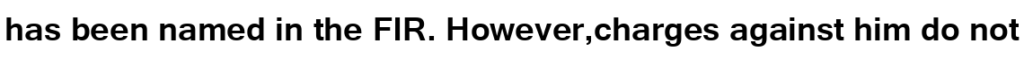
has been named in the FIR. However,charges against him do not